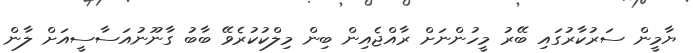
ޔާމީން ސަރުކާރުގައި ބޭރު މީހުންނަށް ރާއްޖެއިން ބިން މިލްކުކުރެވޭ ބާބު ގާނޫނުއަސާސީއަށް ލާން